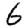
Digit: 6